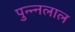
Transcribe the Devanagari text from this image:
पुन्न्नलाल